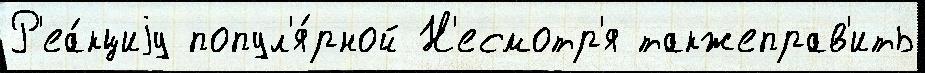
Р'еа́кциjу попул'я́рной Н'есмотр'я такжеправ'ить